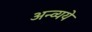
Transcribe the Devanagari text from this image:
अन्व्यये